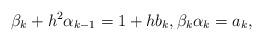
LaTeX: \begin{align*}\beta_k+h^2\alpha_{k-1}=1+hb_k,\beta_k\alpha_k=a_k,\end{align*}